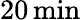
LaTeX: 20\, \mathrm{{min}}